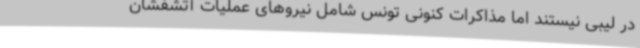
در لیبی نیستند اما مذاکرات کنونی تونس شامل نیروهای عملیات آتشفشان